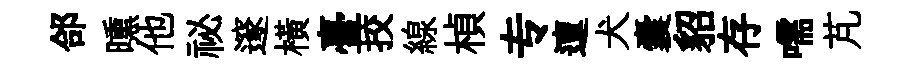
郃曛他祕邃橫臺挍線楨专邅犬囊貂存嚅芃